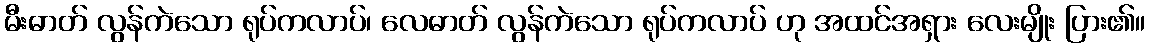
မီးဓာတ် လွန်ကဲသော ရုပ်ကလာပ်၊ လေဓာတ် လွန်ကဲသော ရုပ်ကလာပ် ဟု အထင်အရှား လေးမျိုး ပြား၏။